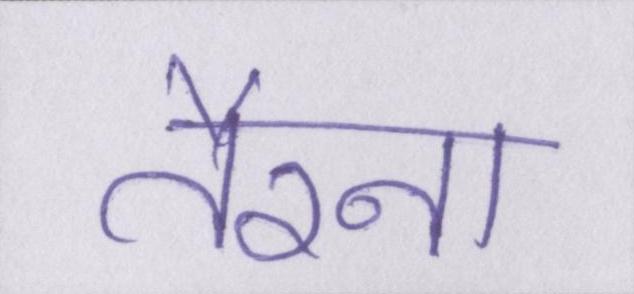
तैरना